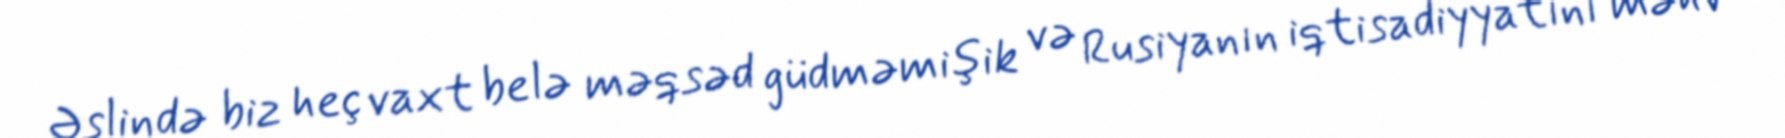
Əslində biz heç vaxt belə məqsəd güdməmişik və Rusiyanın iqtisadiyyatını məhv